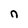
Character: n